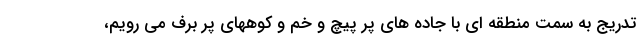
تدریج به سمت منطقه ای با جاده های پر پیچ و خم و کوههای پر برف می رویم،